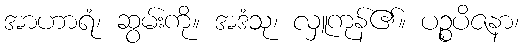
အာဟာရံ၊ ဆွမ်းကို။ အဒံသု၊ လှူကုန်၏။ ပဉ္စပိဇနာ၊